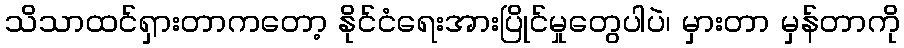
သိသာထင်ရှားတာကတော့ နိုင်ငံရေးအားပြိုင်မှုတွေပါပဲ၊ မှားတာ မှန်တာကို